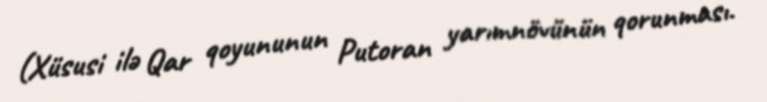
(Xüsusi ilə Qar qoyununun Putoran yarımnövünün qorunması.